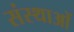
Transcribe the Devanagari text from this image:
संस्थाआें